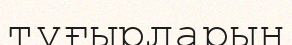
тұғырларын